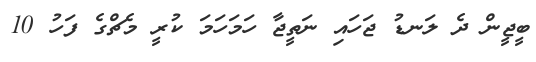
ބީޖީން ދެ ލަނޑު ޖަހައި ނަތީޖާ ހަމަހަމަ ކުރީ މެޗްގެ ފަހު 10